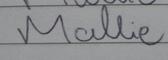
Signature authenticity: forged